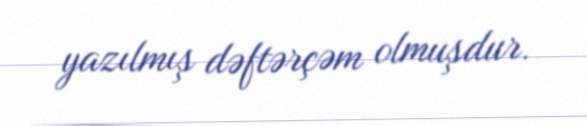
yazılmış dəftərçəm olmuşdur.